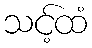
သင့်ထံ